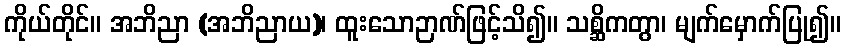
ကိုယ်တိုင်။ အဘိညာ (အဘိညာယ)၊ ထူးသောဉာဏ်ဖြင့်သိ၍။ သစ္ဆိကတွာ၊ မျက်မှောက်ပြု၍။